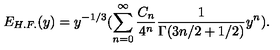
E _ { H . F . } ( y ) = y ^ { - 1 / 3 } ( \sum _ { n = 0 } ^ { \infty } { \frac { C _ { n } } { 4 ^ { n } } } { \frac { 1 } { \Gamma ( 3 n / 2 + 1 / 2 ) } } y ^ { n } ) .